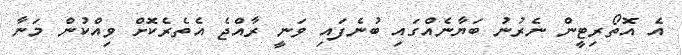
އެ އޮތޯރިޓީން ނެރުނު ބަޔާނެއްގައި ބުނެފައި ވަނީ ރާއްޖެ އެތެރެކޮށް ވިއްކުން މަނާ